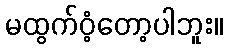
မထွက်ဝံ့တော့ပါဘူး။